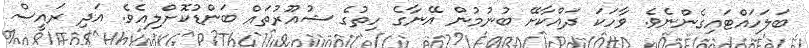
ބަލަހައްޓައިގެންނެވެ. ވާހަކަ ދައްކާށޭ ބުނުމުން އޭނާގެ ހިތުގެ ޝުއޫރުތައް ބަންޑުކޮށްލިއެވެ. އަދި ރައީސް